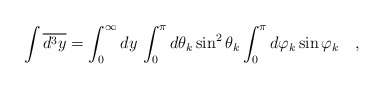
\begin{align*}\int \overline{d^{3}y}=\int_{0}^{\infty }dy\,\int_{0}^{\pi }d\theta _{k}\sin^{2}\theta _{k}\int_{0}^{\pi }d\varphi _{k}\sin \varphi _{k}\quad ,\end{align*}